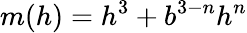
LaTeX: m(h)=h^{3}+b^{3-n}h^{n}